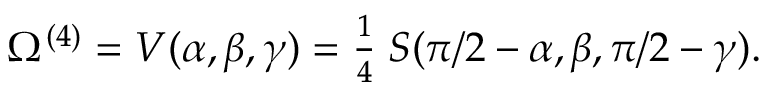
\Omega ^ { ( 4 ) } = V ( \alpha , \beta , \gamma ) = { \textstyle { \frac { 1 } { 4 } } } \; S ( \pi / 2 - \alpha , \beta , \pi / 2 - \gamma ) .